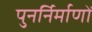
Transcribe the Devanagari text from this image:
पुनर्निर्माणों